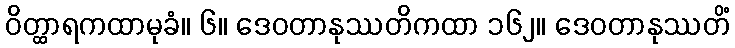
ဝိတ္ထာရကထာမုခံ။ ၆။ ဒေဝတာနုဿတိကထာ ၁၆၂။ ဒေဝတာနုဿတိံ